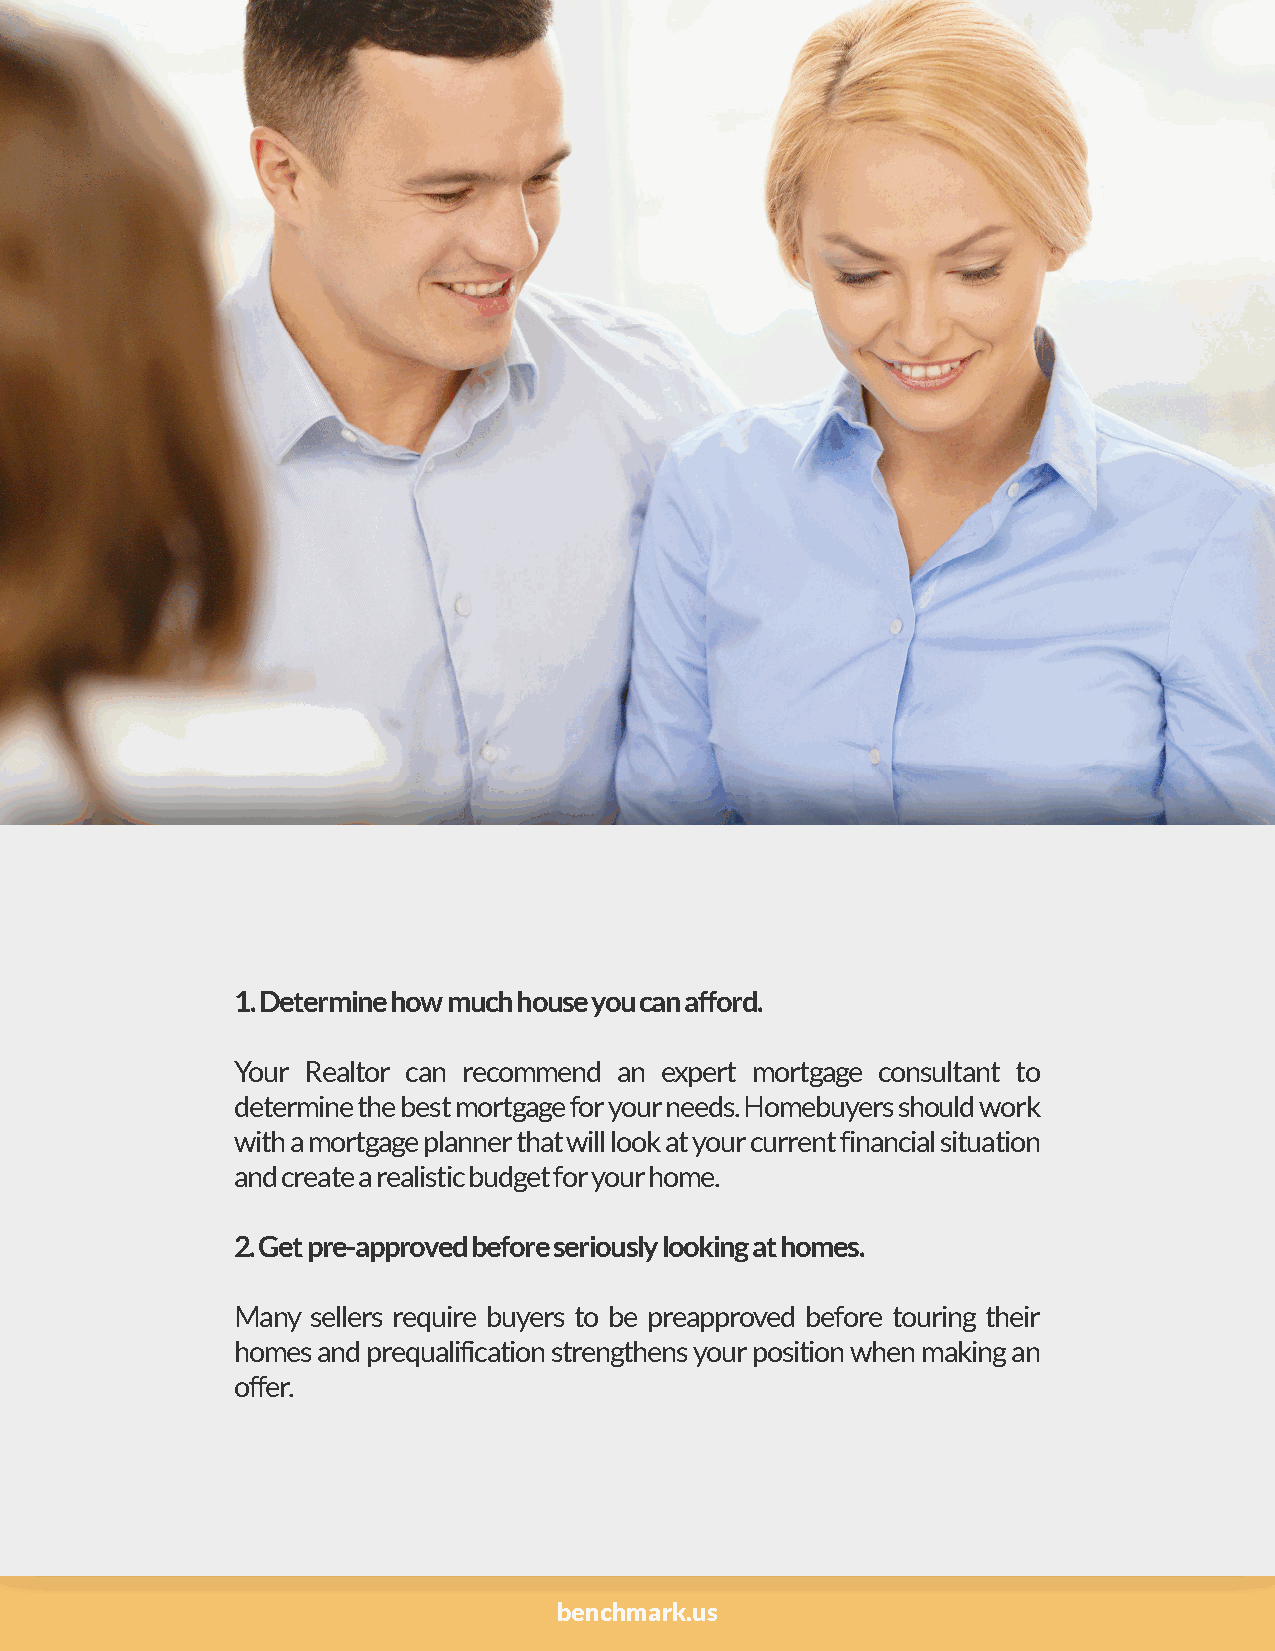
1. Determine how much house you can afford.
 Your Realtor can recommend an expert mortgage consultant to
 determine the best mortgage for your needs. Homebuyers should work
 with a mortgage planner that will look at your current financial situation
 and create a realistic budget for your home.
 2. Get pre-approved before seriously looking at homes.
 Many  sellers require buyers to be preapproved before touring their
 homes and prequalification strengthens your position when making an
 offer.
 benchmark.us